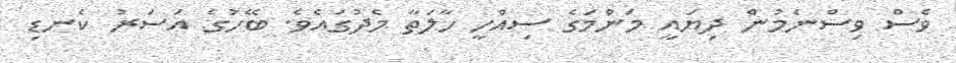
ވެސް ވިސްނެމުން ދިޔައީ މަންމަގެ ސިއްހީ ހާލަތާ މެދުގައެވެ. ބޭހުގެ އަސަރު ކެނޑި